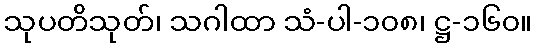
သုပတိသုတ်၊ သဂါထာ သံ-ပါ-၁၀၈၊ ဋ္ဌ-၁၆၀။